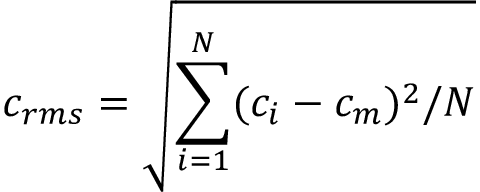
c _ { r m s } = \sqrt { \sum _ { i = 1 } ^ { N } ( c _ { i } - c _ { m } ) ^ { 2 } / N }